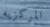
المركزيه